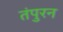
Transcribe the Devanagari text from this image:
तंपुरन